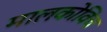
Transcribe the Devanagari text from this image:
मालकोविच